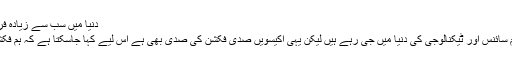
دنیا میں سب سے زیادہ فروخت ہونے والے دس ناول -
اس میں کوئی شک نہیں کہ ہم سائنس اور ٹیکنالوجی کی دنیا میں جی رہے ہیں لیکن یہی اکیسویں صدی فکشن کی صدی بھی ہے اس لیے کہا جاسکتا ہے کہ ہم فکشن کی دنیا میں جی رہے ہیں۔